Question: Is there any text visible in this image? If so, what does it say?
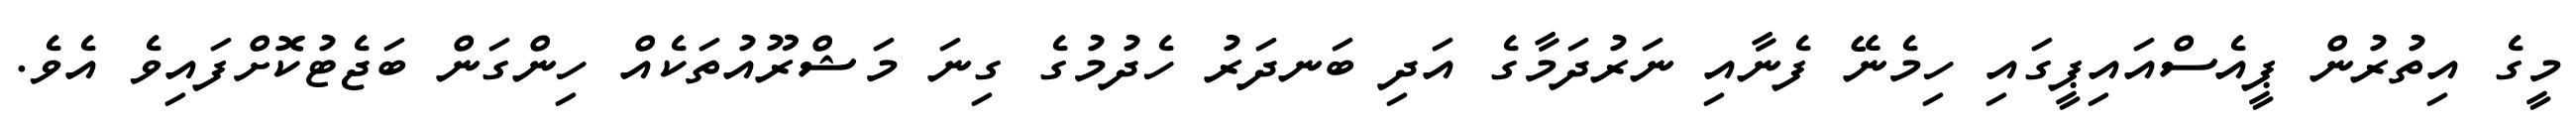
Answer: މީގެ އިތުރުން ޕީއެސްއައިޕީގައި ހިމެނޭ ފެނާއި ނަރުދަމާގެ އަދި ބަނދަރު ހެދުމުގެ ގިނަ މަޝްރޫއުތަކެއް ހިންގަން ބަޖެޓުކޮށްފައިވެ އެވެ.